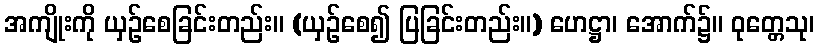
အကျိုးကို ယှဉ်စေခြင်းတည်း။ (ယှဉ်စေ၍ ပြခြင်းတည်း။) ဟေဋ္ဌာ၊ အောက်၌။ ဝုတ္တေသု၊